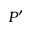
P ^ { \prime }